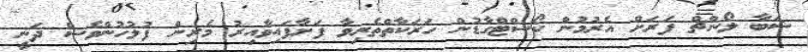
ޝަބާ ލޯންޗް ފަރަށް އެރުމުން ކޯސްޓްގާޑުން ހަރަކާތްތެރިވާ ފަށާފައިވާއިރު މެރިން ފުލުހުންވެސް ދަނީ